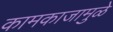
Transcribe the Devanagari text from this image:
कामकाजामुळे